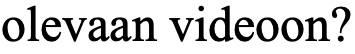
olevaan videoon?